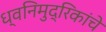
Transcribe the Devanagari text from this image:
ध्वनिमुद्रिकांचे